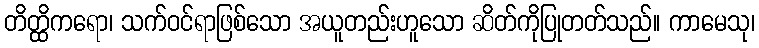
တိတ္ထိကရော၊ သက်ဝင်ရာဖြစ်သော အယူတည်းဟူသော ဆိတ်ကိုပြုတတ်သည်။ ကာမေသု၊